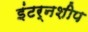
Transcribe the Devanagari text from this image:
इंटर्नशीप